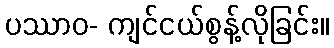
ပဿာဝ- ကျင်ငယ်စွန့်လိုခြင်း။